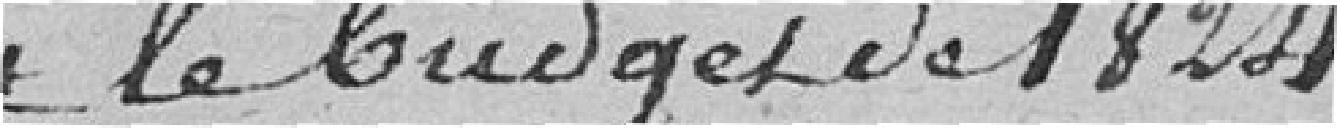
et le budget de 1824